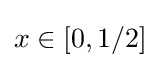
x\in [0,1/2]